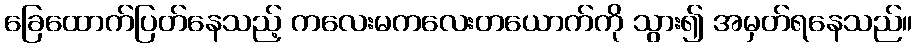
ခြေထောက်ပြတ်နေသည့် ကလေးမကလေးတယောက်ကို သွား၍ အမှတ်ရနေသည်။